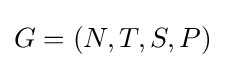
G=(N,T,S,P)